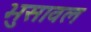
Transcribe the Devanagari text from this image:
भुुसावल